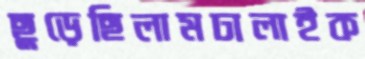
ছুড়েছিলামঢালাইক